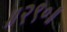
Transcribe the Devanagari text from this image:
॥२९०॥